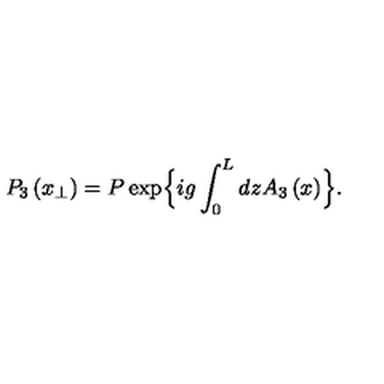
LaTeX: P _ { 3 } \left( x _ { \perp } \right) = P \exp \Bigl \{ i g \int _ { 0 } ^ { L } d z A _ { 3 } \left( x \right) \Bigr \} .